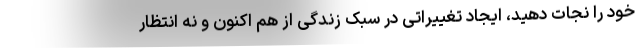
خود را نجات دهید، ایجاد تغییراتی در سبک زندگی از هم اکنون و نه انتظار